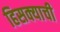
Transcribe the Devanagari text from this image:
हिसक्याची